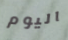
اليوم